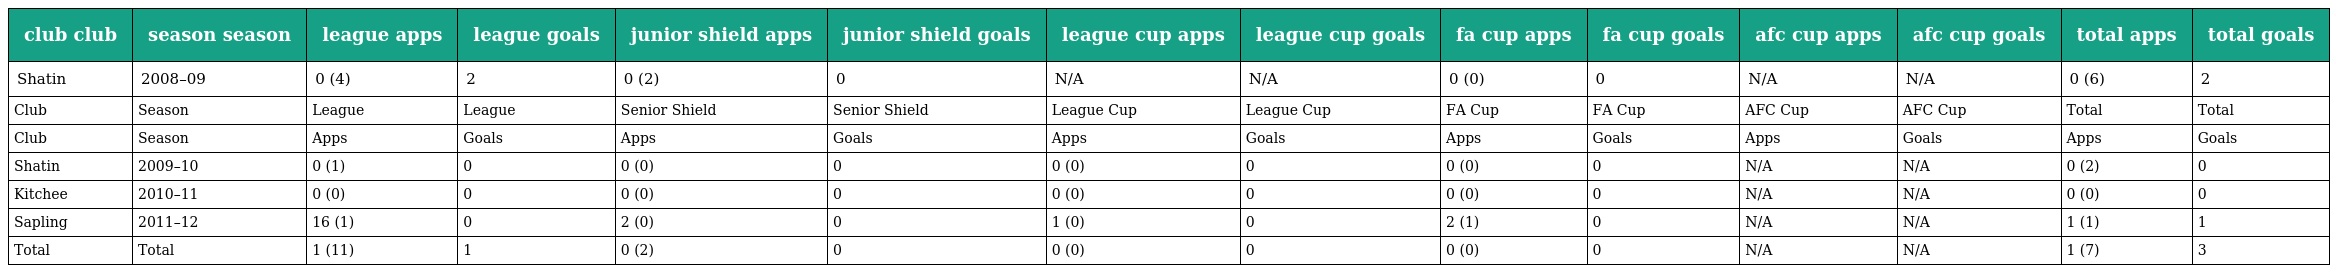
| club club | season season | league apps | league goals | junior shield apps | junior shield goals | league cup apps | league cup goals | fa cup apps | fa cup goals | afc cup apps | afc cup goals | total apps | total goals |
 | --- | --- | --- | --- | --- | --- | --- | --- | --- | --- | --- | --- | --- | --- |
 | Shatin | 2008–09 | 0 (4) | 2 | 0 (2) | 0 | N/A | N/A | 0 (0) | 0 | N/A | N/A | 0 (6) | 2 |
 | Club | Season | League | League | Senior Shield | Senior Shield | League Cup | League Cup | FA Cup | FA Cup | AFC Cup | AFC Cup | Total | Total |
 | Club | Season | Apps | Goals | Apps | Goals | Apps | Goals | Apps | Goals | Apps | Goals | Apps | Goals |
 | Shatin | 2009–10 | 0 (1) | 0 | 0 (0) | 0 | 0 (0) | 0 | 0 (0) | 0 | N/A | N/A | 0 (2) | 0 |
 | Kitchee | 2010–11 | 0 (0) | 0 | 0 (0) | 0 | 0 (0) | 0 | 0 (0) | 0 | N/A | N/A | 0 (0) | 0 |
 | Sapling | 2011–12 | 16 (1) | 0 | 2 (0) | 0 | 1 (0) | 0 | 2 (1) | 0 | N/A | N/A | 1 (1) | 1 |
 | Total | Total | 1 (11) | 1 | 0 (2) | 0 | 0 (0) | 0 | 0 (0) | 0 | N/A | N/A | 1 (7) | 3 |